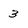
Character: 3